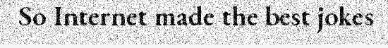
So Internet made the best jokes